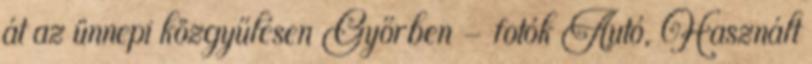
át az ünnepi közgyűlésen Győrben - fotók Autó, Használt